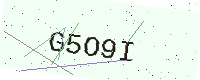
Text: G5O9I